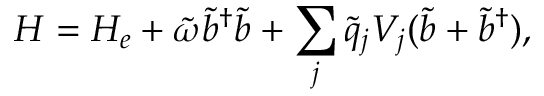
H = H _ { e } + \tilde { \omega } \tilde { b } ^ { \dagger } \tilde { b } + \sum _ { j } \tilde { q } _ { j } V _ { j } ( \tilde { b } + \tilde { b } ^ { \dagger } ) ,